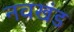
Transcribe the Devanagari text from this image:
नवखंड